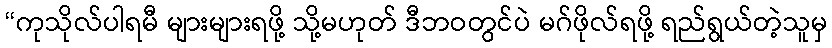
“ကုသိုလ်ပါရမီ များများရဖို့ သို့မဟုတ် ဒီဘဝတွင်ပဲ မဂ်ဖိုလ်ရဖို့ ရည်ရွယ်တဲ့သူမှ